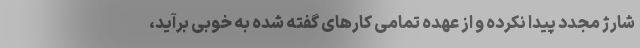
شارژ مجدد پیدا نکرده و از عهده تمامی کارهای گفته شده به خوبی برآید،